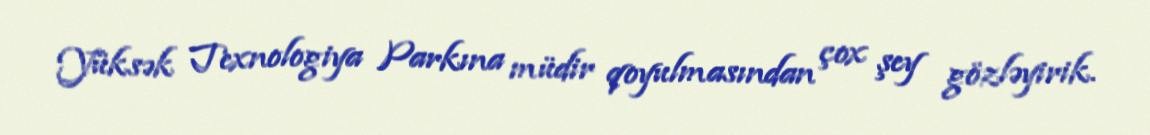
Yüksək Texnologiya Parkına müdir qoyulmasından çox şey gözləyirik.